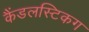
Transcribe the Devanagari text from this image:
कैंडलस्टिकग